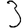
Digit: 3